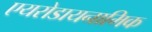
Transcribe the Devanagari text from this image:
एयरोडायनामिक